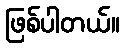
ဖြစ်ပါတယ်။